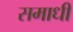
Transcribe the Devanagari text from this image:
समाधीं